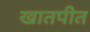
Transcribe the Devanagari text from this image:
खातपीत